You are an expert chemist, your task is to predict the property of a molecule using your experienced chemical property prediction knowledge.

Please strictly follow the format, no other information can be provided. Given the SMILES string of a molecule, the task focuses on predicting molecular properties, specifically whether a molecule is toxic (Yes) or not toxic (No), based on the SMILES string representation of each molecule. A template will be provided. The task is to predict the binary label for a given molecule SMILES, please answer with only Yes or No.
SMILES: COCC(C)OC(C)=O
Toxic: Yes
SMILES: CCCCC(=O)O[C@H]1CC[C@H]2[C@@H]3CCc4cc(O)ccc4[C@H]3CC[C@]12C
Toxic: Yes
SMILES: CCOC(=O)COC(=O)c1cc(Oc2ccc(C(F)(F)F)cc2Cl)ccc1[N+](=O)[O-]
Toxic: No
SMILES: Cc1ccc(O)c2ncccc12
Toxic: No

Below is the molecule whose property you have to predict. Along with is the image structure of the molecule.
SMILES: O=S(=O)([O-])O.[Na+]
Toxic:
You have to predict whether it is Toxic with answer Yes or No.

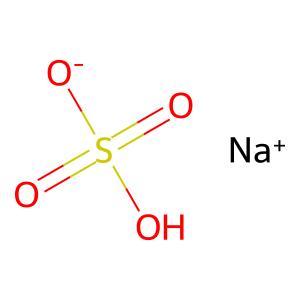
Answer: No